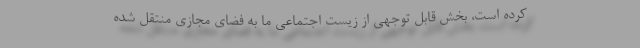
کرده است، بخش قابل توجهی از زیست اجتماعی ما به فضای مجازی منتقل شده